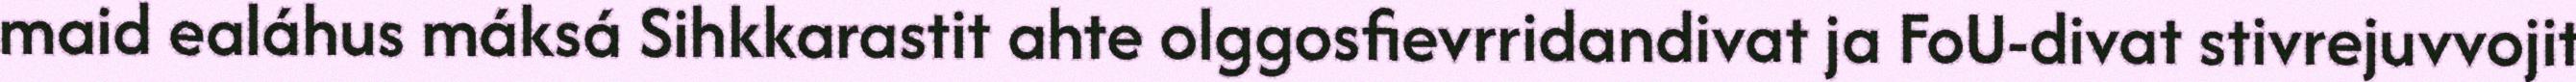
maid ealáhus máksá Sihkkarastit ahte olggosfievrridandivat ja FoU-divat stivrejuvvojit